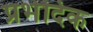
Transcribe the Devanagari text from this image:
प्रभेदिक